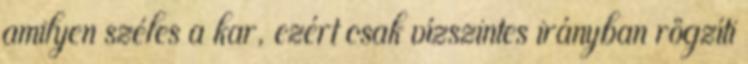
amilyen széles a kar, ezért csak vízszintes irányban rögzíti